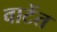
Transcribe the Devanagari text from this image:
वाटेंत